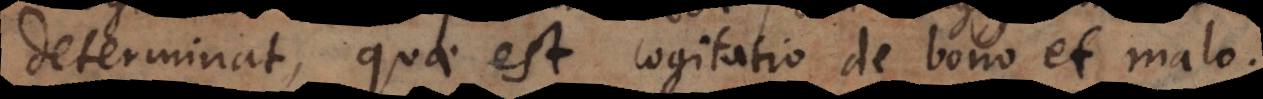
determinat, quae est cogitatio de bono et malo.